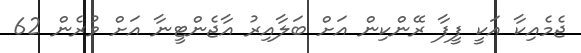
ޖެމެއިކާ އަކީ ފީފާ ރޭންކިން އަށް ބަލާއިރު އާޖެންޓީނާ އަށް ވުރެން 62